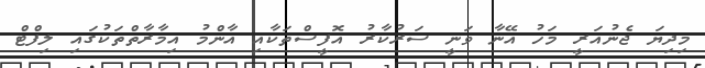
މިދިޔަ ޖެނުއަރީ މަހު އޭނާ ވަނީ ސަރުކާރު އޮފީސްތަކާއި އާންމު އިމާރާތްތަކުގައި ލިފްޓް